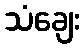
သံချေး